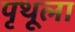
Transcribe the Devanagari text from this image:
पृथूला